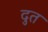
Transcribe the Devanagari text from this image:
दुत